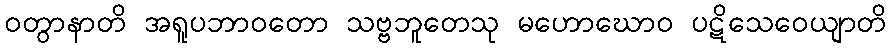
ဝတွာနာတိ အရူပဘာဝတော သဗ္ဗဘူတေသု မဟောဃောဝ ပဋိသေဝေယျာတိ